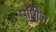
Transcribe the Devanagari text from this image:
पॉपीज